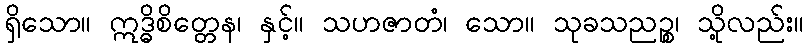
ရှိသော။ ဣဒ္ဓိစိတ္တေန၊ နှင့်။ သဟဇာတံ၊ သော။ သုခသညဉ္စ၊ သို့လည်း။